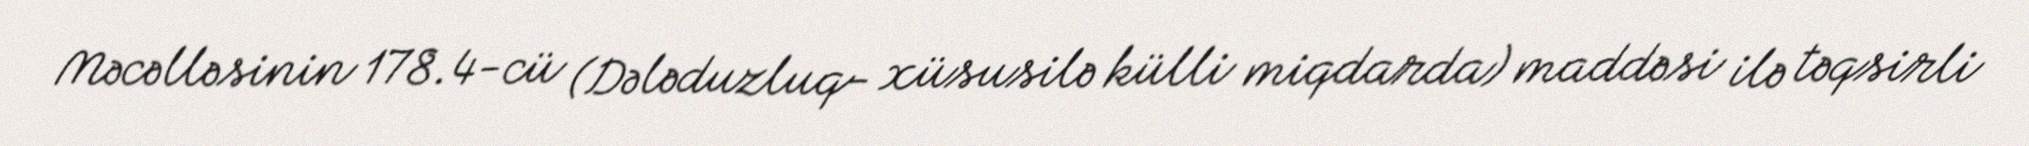
Məcəlləsinin 178.4-cü (Dələduzluq- xüsusilə külli miqdarda) maddəsi ilə təqsirli